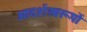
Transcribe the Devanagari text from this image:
आदर्शस्वरूपों